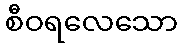
စီဝရလေသော